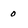
Character: o